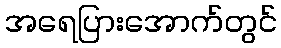
အရေပြားအောက်တွင်